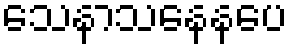
သေနာသနေနပေ